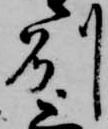
州